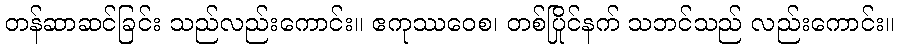
တန်ဆာဆင်ခြင်း သည်လည်းကောင်း။ ဧကုဿဝေစ၊ တစ်ပြိုင်နက် သဘင်သည် လည်းကောင်း။